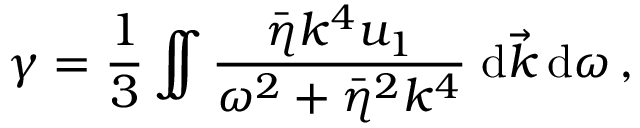
\gamma = \frac { 1 } { 3 } \int \! \! \! \! \int \frac { { \bar { \eta } } k ^ { 4 } u _ { 1 } } { { \omega ^ { 2 } + { \bar { \eta } } ^ { 2 } k ^ { 4 } } } \; \mathrm { d } \vec { k } \, \mathrm { d } \omega \, ,